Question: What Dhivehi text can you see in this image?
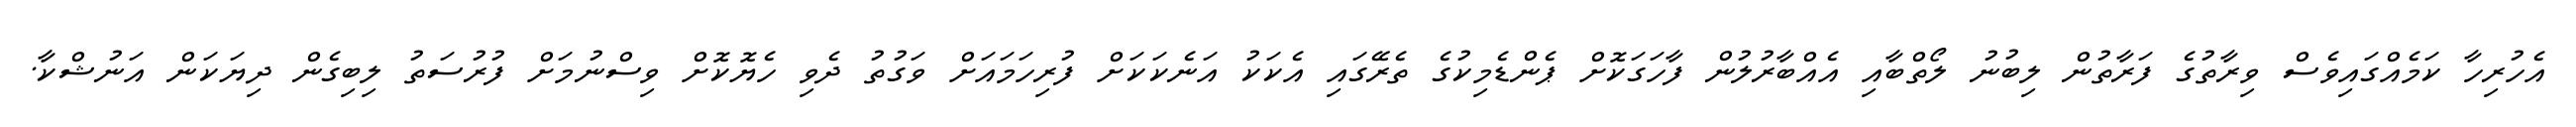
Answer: އެހުރިހާ ކަމެއްގައިވެސް ވިރާތުގެ ފަރާތުން ލިބުނު ލޯތްބާއި އެއްބާރުލުން ފާހަގަކޮށް ޕެންޑެމިކުގެ ތެރޭގައި އެކަކު އަނެކަކަށް ފުރިހަމައަށް ވަގުތު ދެވި ހެޔޮކޮށް ވިސްނުމަށް ފުރުސަތު ލިބިގެން ދިޔަކަން އަނުޝްކާ.